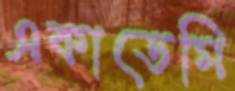
একাডেমি